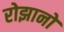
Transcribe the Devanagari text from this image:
रोझानो